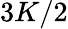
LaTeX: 3K/2